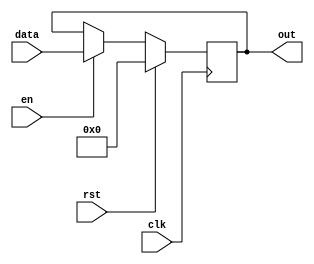
/*
   This file was generated automatically by the Mojo IDE version B1.3.6.
   Do not edit this file directly. Instead edit the original Lucid source.
   This is a temporary file and any changes made to it will be destroyed.
*/

/*
   Parameters:
     WIDTH = 8
*/
module reg8bit_7 (
    input clk,
    input en,
    input rst,
    input [7:0] data,
    output reg [7:0] out
  );
  
  localparam WIDTH = 4'h8;
  
  
  reg [7:0] M_regs_d, M_regs_q = 1'h0;
  
  always @* begin
    M_regs_d = M_regs_q;
    
    if (en == 1'h1) begin
      M_regs_d = data;
    end else begin
      M_regs_d = M_regs_q;
    end
    out = M_regs_q;
  end
  
  always @(posedge clk) begin
    if (rst == 1'b1) begin
      M_regs_q <= 1'h0;
    end else begin
      M_regs_q <= M_regs_d;
    end
  end
  
endmodule